Vital statistics of India. Vol. IV, Annual returns from 1871 to 1876. British Army of India, Native Army and jails of Bengal
Year: 1871
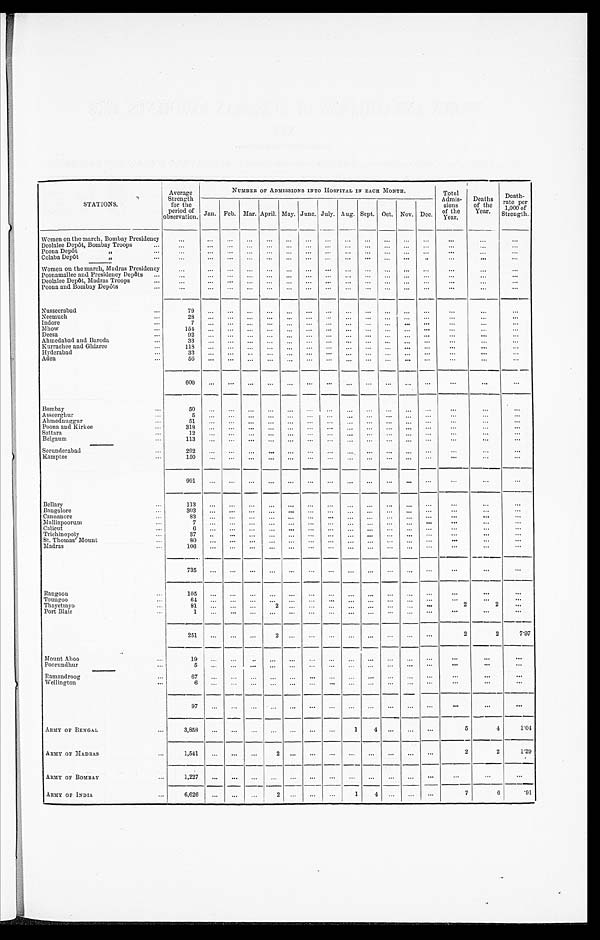
STATIONS.
Average
Strength
for the
Period of
observation.
NUMBER OF ADMISSIONS INTO HOSPITAL IN EACH MONTH.
Total
Admis-
sions
of the
Year.
Deaths
of the
Year.
Death
-
rate per
1,000 of
Strength.
Jan.
Feb. Mar. April. May. June. July. Aug. Sept. Oct. Nov. Dec.
Women on the march, Bombay Presidency
. . .
. . .
. . . . . .
. . .
. . .
. . .
. . .
. . .
. . .
. . .
. . .
. . .
. . .
. . .
. . .
Deolalee Depôt, Bombay Troops . . .
. . .
. . .
. . .
. . .
. . .
. . .
. . .
. . .
. . .
. . .
. . .
. . .
. . .
. . .
. . .
. . .
Poona Depôt " . . .
. . .
. . .
. . .
. . .
. . .
. . .
. . .
. . .
. . .
. . .
. . .
. . .
. . .
. . .
. . .
. . .
Colaba Depôt " . . .
. . .
. . .
. . .
. . .
. . .
. . .
. . .
. . .
. . .
. . .
. . .
. . .
. . .
. . .
. . .
. . .
Women on the march, Madras Presidency . . .
. . .
. . .
. . .
. . .
. . .
. . .
. . .
. . .
. . .
. . .
. . .
. . .
. . .
. . .
. . .
. . .
Poonamallee and Presidency Depôts . . .
. . .
. . .
. . .
. . .
. . .
. . .
. . .
. . .
. . .
. . .
. . .
. . .
. . .
. . .
. . .
. . .
Deolalee Depôt, Madras Troops . . .
. . .
. . .
. . .
. . .
. . .
. . .
. . .
. . .
. . .
. . .
. . .
. . .
. . .
. . .
. . .
. . .
Poona and Bombay Depôts . . .
. . .
. . .
. . .
. . .
. . .
. . .
. . .
. . .
. . .
. . .
. . .
. . .
. . .
. . .
. . .
. . .
Nusseerabad . . .
79
. . .
. . .
. . .
. . .
. . .
. . .
. . .
. . .
. . .
. . .
. . .
. . .
. . .
. . .
. . .
Neemuch . . .
28
. . .
. . .
. . .
. . .
. . .
. . .
. . .
. . .
. . .
. . .
. . .
. . .
. . .
. . .
. . .
Indore . . .
7
. . .
. . .
. . .
. . .
. . .
. . .
. . .
. . .
. . .
. . .
. . .
. . .
. . .
. . .
. . .
Mhow . . .
154
. . .
. . .
. . .
. . .
. . .
. . .
. . .
. . .
. . .
. . .
. . .
. . .
. . .
. . .
. . .
Deesa . . .
92
. . .
. . .
. . .
. . .
. . .
. . .
. . .
. . .
. . .
. . .
. . .
. . .
. . .
. . .
. . .
Ahmedabad and Baroda . . .
33
. . .
. . .
. . .
. . .
. . .
. . .
. . .
. . .
. . .
. . .
. . .
. . .
. . .
. . .
. . .
Kurrachee and Ghizree . . .
1 1 8
. . .
. . .
. . .
. . .
. . .
. . .
. . .
. . .
. . .
. . .
. . .
. . .
. . .
. . .
. . .
Hyderabad . . .
33
. . .
. . .
. . .
. . .
. . .
. . .
. . .
. . .
. . .
. . .
. . .
. . .
. . .
. . .
. . .
Aden . . .
5 6
. . .
. . .
. . .
. . .
. . .
. . .
. . .
. . .
. . .
. . .
. . .
. . .
. . .
. . .
. . .
6 0 0
. . .
. . .
. . .
. . .
. . .
. . .
. . .
. . .
. . .
. . .
. . .
. . .
. . .
. . .
. . .
Bombay . . .
5 0
. . .
. . .
. . . . . .
. . .
. . .
. . .. . .
. . .
. . .
. . .
. . .
. . .
. . .
. . .
Asseerghur . . .
5
. . .
. . .
. . . . . .
. . .
. . .
. . .. . .
. . .
. . .
. . .
. . .
. . .
. . .
. . .
Ahmednuggur . . .
51
. . .
. . .
. . . . . .
. . .
. . .
. . .. . .
. . .
. . .
. . .
. . .
. . .
. . .
. . .
Poona and Kirkee . . .
318
. . .
. . .
. . .
. . .
. . .
. . .
. . .
. . .
. . .
. . .
. . .
. . .
. . .
. . .
. . .
Sattara . . .
12
. . .
. . .
. . .
. . .
. . .
. . .
. . .
. . .
. . .
. . .
. . .
. . .
. . .
. . .
. . .
Belgaum . . .
113
. . .
. . .
. . . . . .
. . .
. . .
. . . . . .
. . .
. . .
. . .
. . .
. . .
. . .
. . .
Secunderabad . . .
292
. . .
. . .
. . .
. . .
. . .
. . .
. . .
. . .
. . .
. . .
. . .
. . .
. . .
. . .
. . .
Kamptee . . .
150
. . .
. . .
. . . . . .
. . .
. . .
. . . . . .
. . .
. . .
. . .
. . .
. . .
. . .
. . .
991
. . .
. . .
. . .
. . .
. . .
. . .
. . .
. . .
. . .
. . .
. . .
. . .
. . .
. . .
. . .
Bellary . . .
113
. . .
. . .
. . .. . .
. . .
. . .
. . . . . .
. . .
. . .
. . .
. . .
. . .
. . .
. . .
Bangalore . . .
303
. . .
. . .
. . .
. . .
. . .
. . .
. . .
. . .
. . .
. . .
. . .
. . .
. . .
. . .
. . .
Cannanore . . .
83
. . .
. . .
. . .
. . .
. . .
. . .
. . .
. . .
. . .
. . .
. . .
. . .
. . .
. . .
. . .
Malliapoorum . . .
7
. . .
. . .
. . .
. . .
. . .
. . .
. . . . . .
. . .
. . .
. . .
. . .
. . .
. . .
. . .
Calicut . . .
6
. . .
. . .
. . .
. . .
. . .
. . .
. . .
. . .
. . .
. . .
. . .
. . .
. . .
. . .
. . .
Trichinopoly . . .
3 7
. . .
. . .
. . .
. . .
. . .
. . .
. . .
. . .
. . .
. . .
. . .
. . .
. . .
. . .
. . .
St. Thomas' Mount . . .
80
. . .
. . .
. . .
. . .
. . .
. . .
. . .
. . .
. . .
. . .
. . .
. . .
. . .
. . .
. . .
Madras . . .
106
. . .
. . .
. . . . . .
. . .
. . .
. . . . . .
. . .
. . .
. . .
. . .
. . .
. . .
. . .
735
. . .
. . .
. . . . . .
. . .
. . .
. . . . . .
. . .
. . .
. . .
. . .
. . .
. . .
. . .
Rangoon . . .
105
. . .
. . .
. . . . . .
. . .
. . .
. . . . . .
. . .
. . .
. . .
. . .
. . .
. . .
. . .
Toungoo . . .
64
. . .
. . .
. . .
. . .
. . .
. . .
. . .
. . .
. . .
. . .
. . .
. . .
. . .
. . .
. . .
Thayetmyo . . .
81
. . .
. . .
. . .
2
. . .
. . .
. . . . . .
. . .
. . .
. . .
. . .
2
2
. . .
Port Blair . . .
1
. . .
. . .
. . .
. . .
. . .
. . .
. . .
. . .
. . .
. . .
. . .
. . .
. . .
. . .
. . .
251
. . .
. . .
. . .
2
. . .
. . .
. . .. . .
. . .
. . .
. . .
. . .
2
2
7.97
Mount Aboo . . .
19
. . .
. . .
. . .
. . .
. . .
. . .
. . .
. . .
. . .
. . .
. . .
. . .
. . .
. . .
. . .
Poorundhur . . .
5
. . . . . .
. . .
. . .
. . .
. . .
. . .
. . .
. . .
. . .
. . .
. . .
. . .
. . .
. . .
Ramandroog . . .
67
. . .
. . .
. . .
. . .
. . .
. . .
. . . . . .
. . .
. . .
. . .
. . .
. . .
. . .
. . .
Wellington . . .
6
. . .
. . .
. . .
. . .
. . .
. . .
. . . . . .
. . .
. . .
. . .
. . .
. . .
. . .
. . .
97
. . .
. . .
. . .
. . .
. . .
. . .
. . .
. . .
. . .
. . .
. . .
. . .
. . .
. . .
. . .
ARMY OF BENGAL . . .
3,858
. . .
. . .
. . .
. . .
. . .
. . .
. . .
1
4
. . .
. . .
. . .
5
4
1.04
ARMY OF MADRAS . . .
1,541
. . .
. . .
. . .
2
. . .
. . .
. . .
. . .
. . .
. . .
. . .
. . .
2
2
1.29
ARMY OF BOMBAY . . .
1 , 2 2 7
. . . . . .
. . .
. . .
. . .
. . .
. . . . . .
. . .
. . .
. . .
. . .
. . .
. . .
. . .
ARMY OF INDIA . . .
6,626
. . .
. . .
. . .
2
. . .
. . .
. . .
1
4
. . .
. . .
. . .
7
6
. 9 1